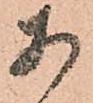
安